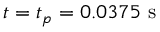
t = t _ { p } = 0 . 0 3 7 5 \mathrm { ~ s ~ }